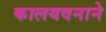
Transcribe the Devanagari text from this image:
कालयवनाने